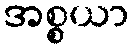
အစ္စယာ